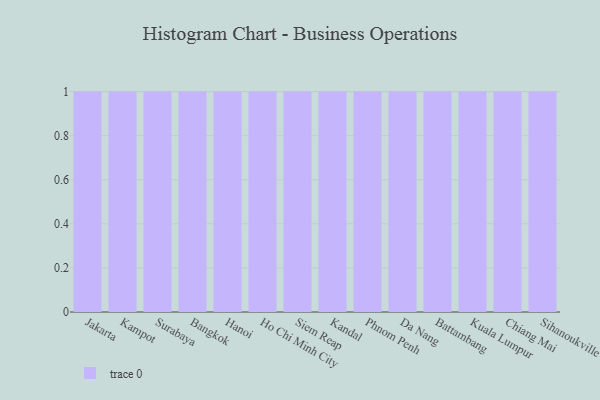
{"axis": {"x": "City", "y": "Website Visitors"}, "legend": [""], "data": [{"x": "Jakarta", "y": 17, "type": ""}, {"x": "Kampot", "y": 92, "type": ""}, {"x": "Surabaya", "y": 54, "type": ""}, {"x": "Bangkok", "y": 32, "type": ""}, {"x": "Hanoi", "y": 26, "type": ""}, {"x": "Ho Chi Minh City", "y": 30, "type": ""}, {"x": "Siem Reap", "y": 30, "type": ""}, {"x": "Kandal", "y": 56, "type": ""}, {"x": "Phnom Penh", "y": 44, "type": ""}, {"x": "Da Nang", "y": 20, "type": ""}, {"x": "Battambang", "y": 34, "type": ""}, {"x": "Kuala Lumpur", "y": 59, "type": ""}, {"x": "Chiang Mai", "y": 58, "type": ""}, {"x": "Sihanoukville", "y": 8, "type": ""}]}